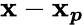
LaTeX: \boldsymbol{\mathbf{x}}-\boldsymbol{\mathbf{x}_{p}}